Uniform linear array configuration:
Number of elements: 48
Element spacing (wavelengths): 0.25
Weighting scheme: cosine
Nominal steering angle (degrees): -45
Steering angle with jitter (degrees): -45.638
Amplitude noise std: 0.05
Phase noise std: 0.05

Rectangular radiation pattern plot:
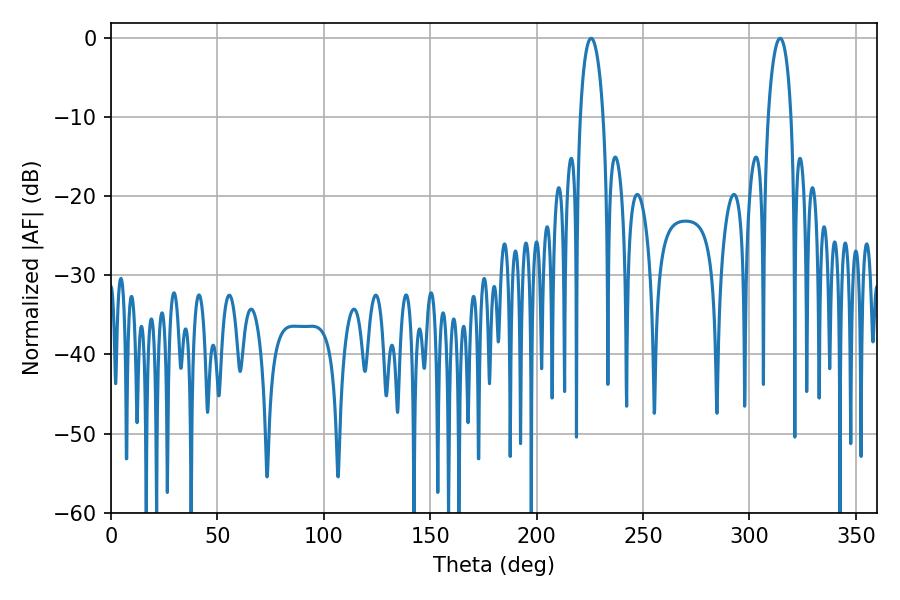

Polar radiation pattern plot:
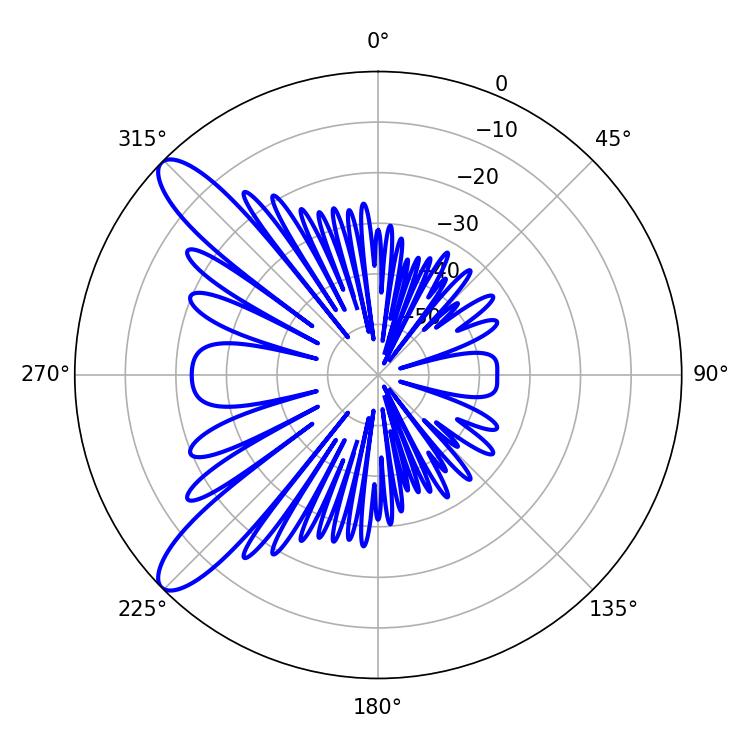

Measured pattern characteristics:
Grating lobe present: FALSE
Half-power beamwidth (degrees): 6.12
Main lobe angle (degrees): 225.54